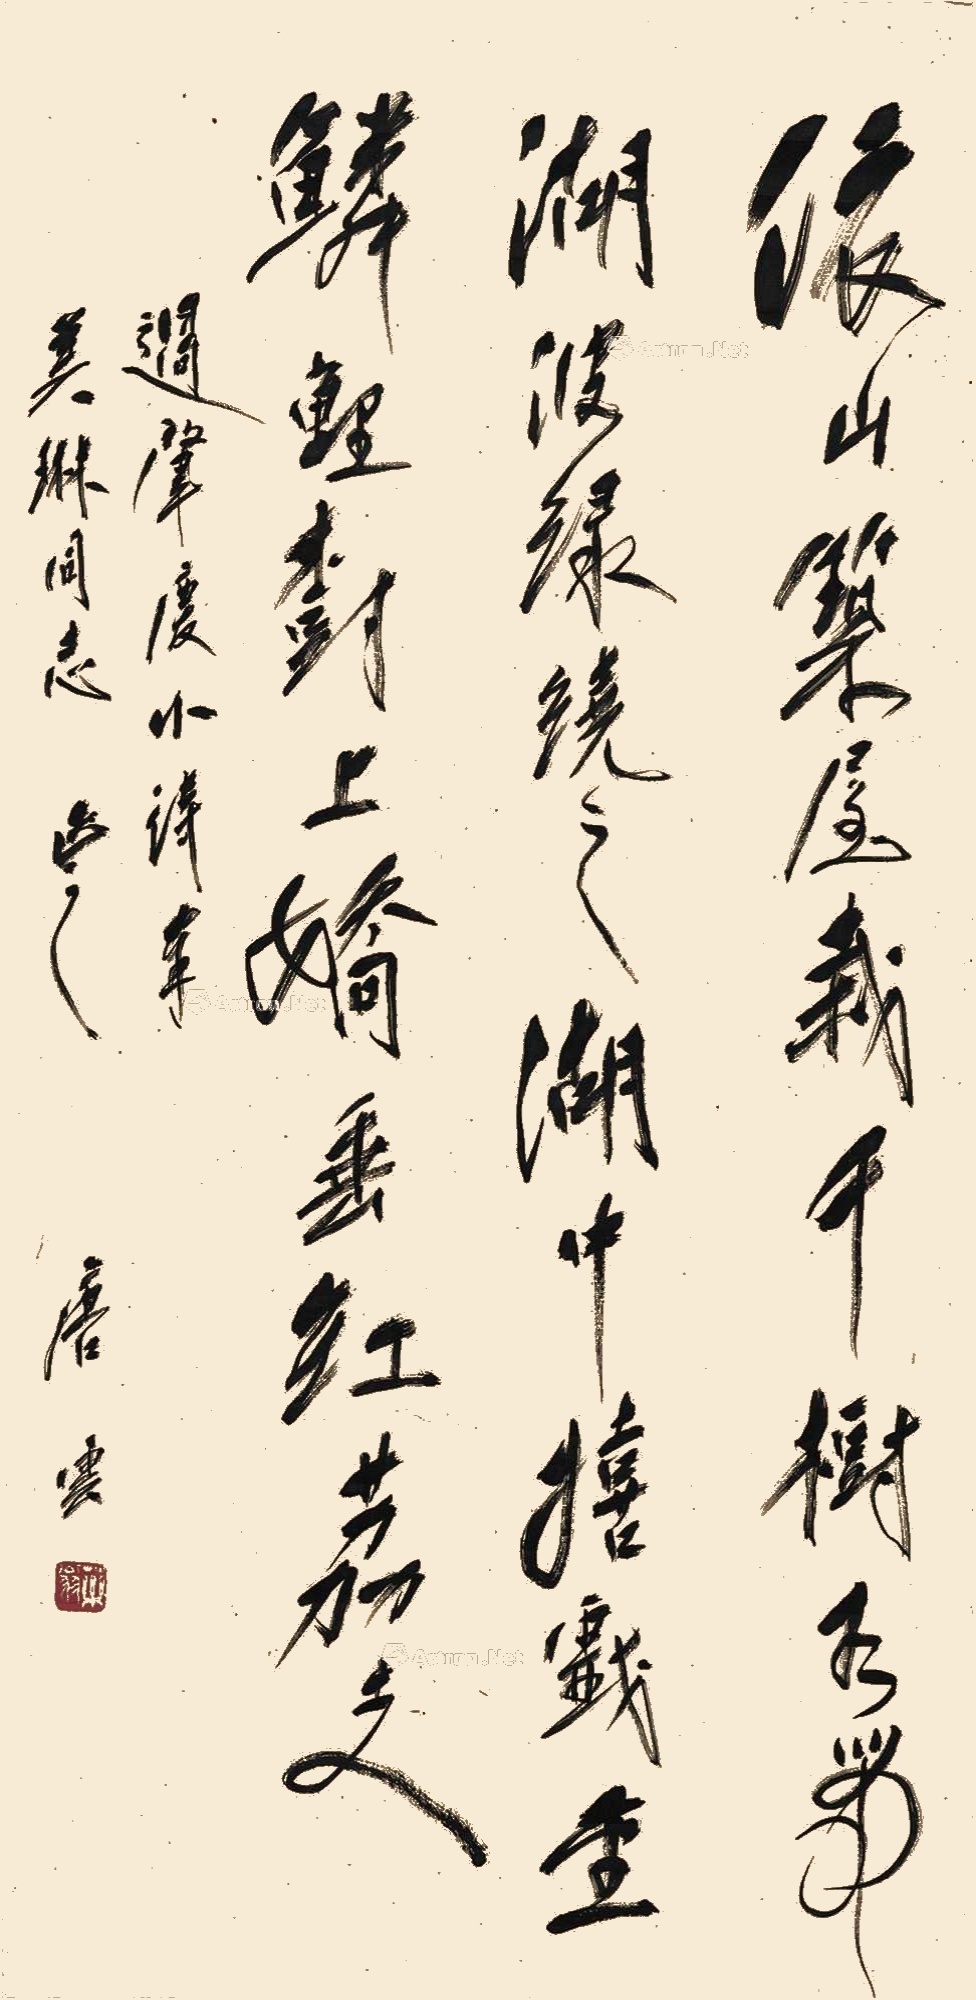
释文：依山筑屋栽千树，如带湖波绿绕之。湖中嬉戏金鳞鲤，树上娇垂红荔支。过肇庆小诗，奉美琳同志正之，唐云。